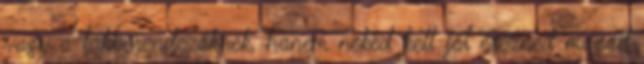
vagy a lakberendezőknek, hanem neked kell jól érezned magad